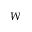
W